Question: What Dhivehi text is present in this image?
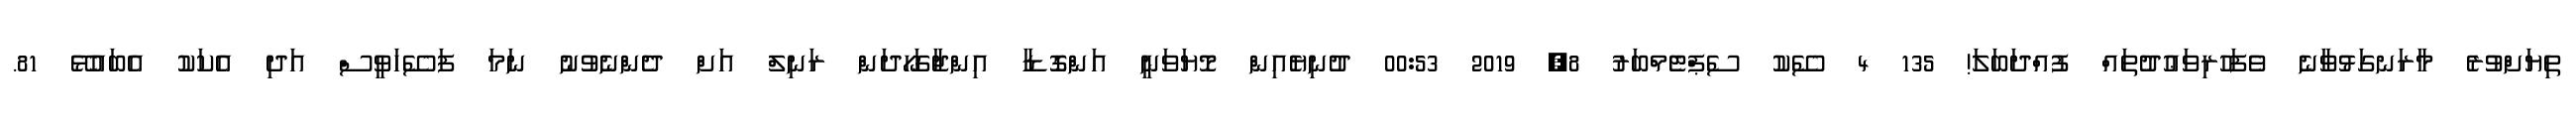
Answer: ތިޔަށްވުރެ މާރަނގަޅުވާނެ ވެފަހުރިވަޢުދުތައް ފުއްދަބަލަ! 135 4 ސޭކު ސެޕްޓެމްބަރު 8, 2019 00:53 ދުނިޔެއިން މޮޔަވަނީ އަންގޮޑާ އިންޖާގަހޯދަން ރަނިލް އަށް ދެންނެވުނު ނަމަ ފަސޭހަވީސް އަދި އެކަކު އެބައުޅޭ 81.